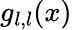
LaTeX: g_{l,l}(x)